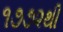
૧૭૭૨થી